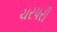
ચરપરી